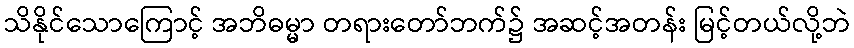
သိနိုင်သောကြောင့် အဘိဓမ္မာ တရားတော်ဘက်၌ အဆင့်အတန်း မြင့်တယ်လို့ဘဲ